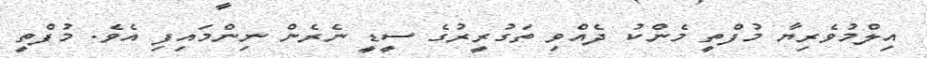
އިލްމުވެރިޔާ މުފްތީ މެންކު ދެއްވި ތަގުރީރުގެ ސީޑީ ނެރެން ނިންމައިފި އެވެ. މުފްތީ